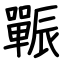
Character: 辴